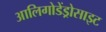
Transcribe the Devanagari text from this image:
आलिगोडेंड्रोसाइट